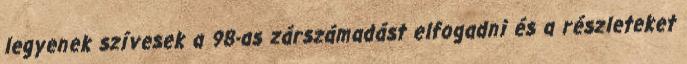
legyenek szívesek a 98-as zárszámadást elfogadni és a részleteket